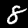
Digit: 8